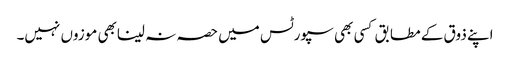
اپنے ذوق کے مطابق کسی بھی سپورٹس میں حصہ نہ لینابھی موزوں نہیں۔